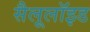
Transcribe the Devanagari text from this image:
सैलूलॉइड